65_HS1-834228961_62-HQ-83894_Section_2
Agency: FBI
Page 158
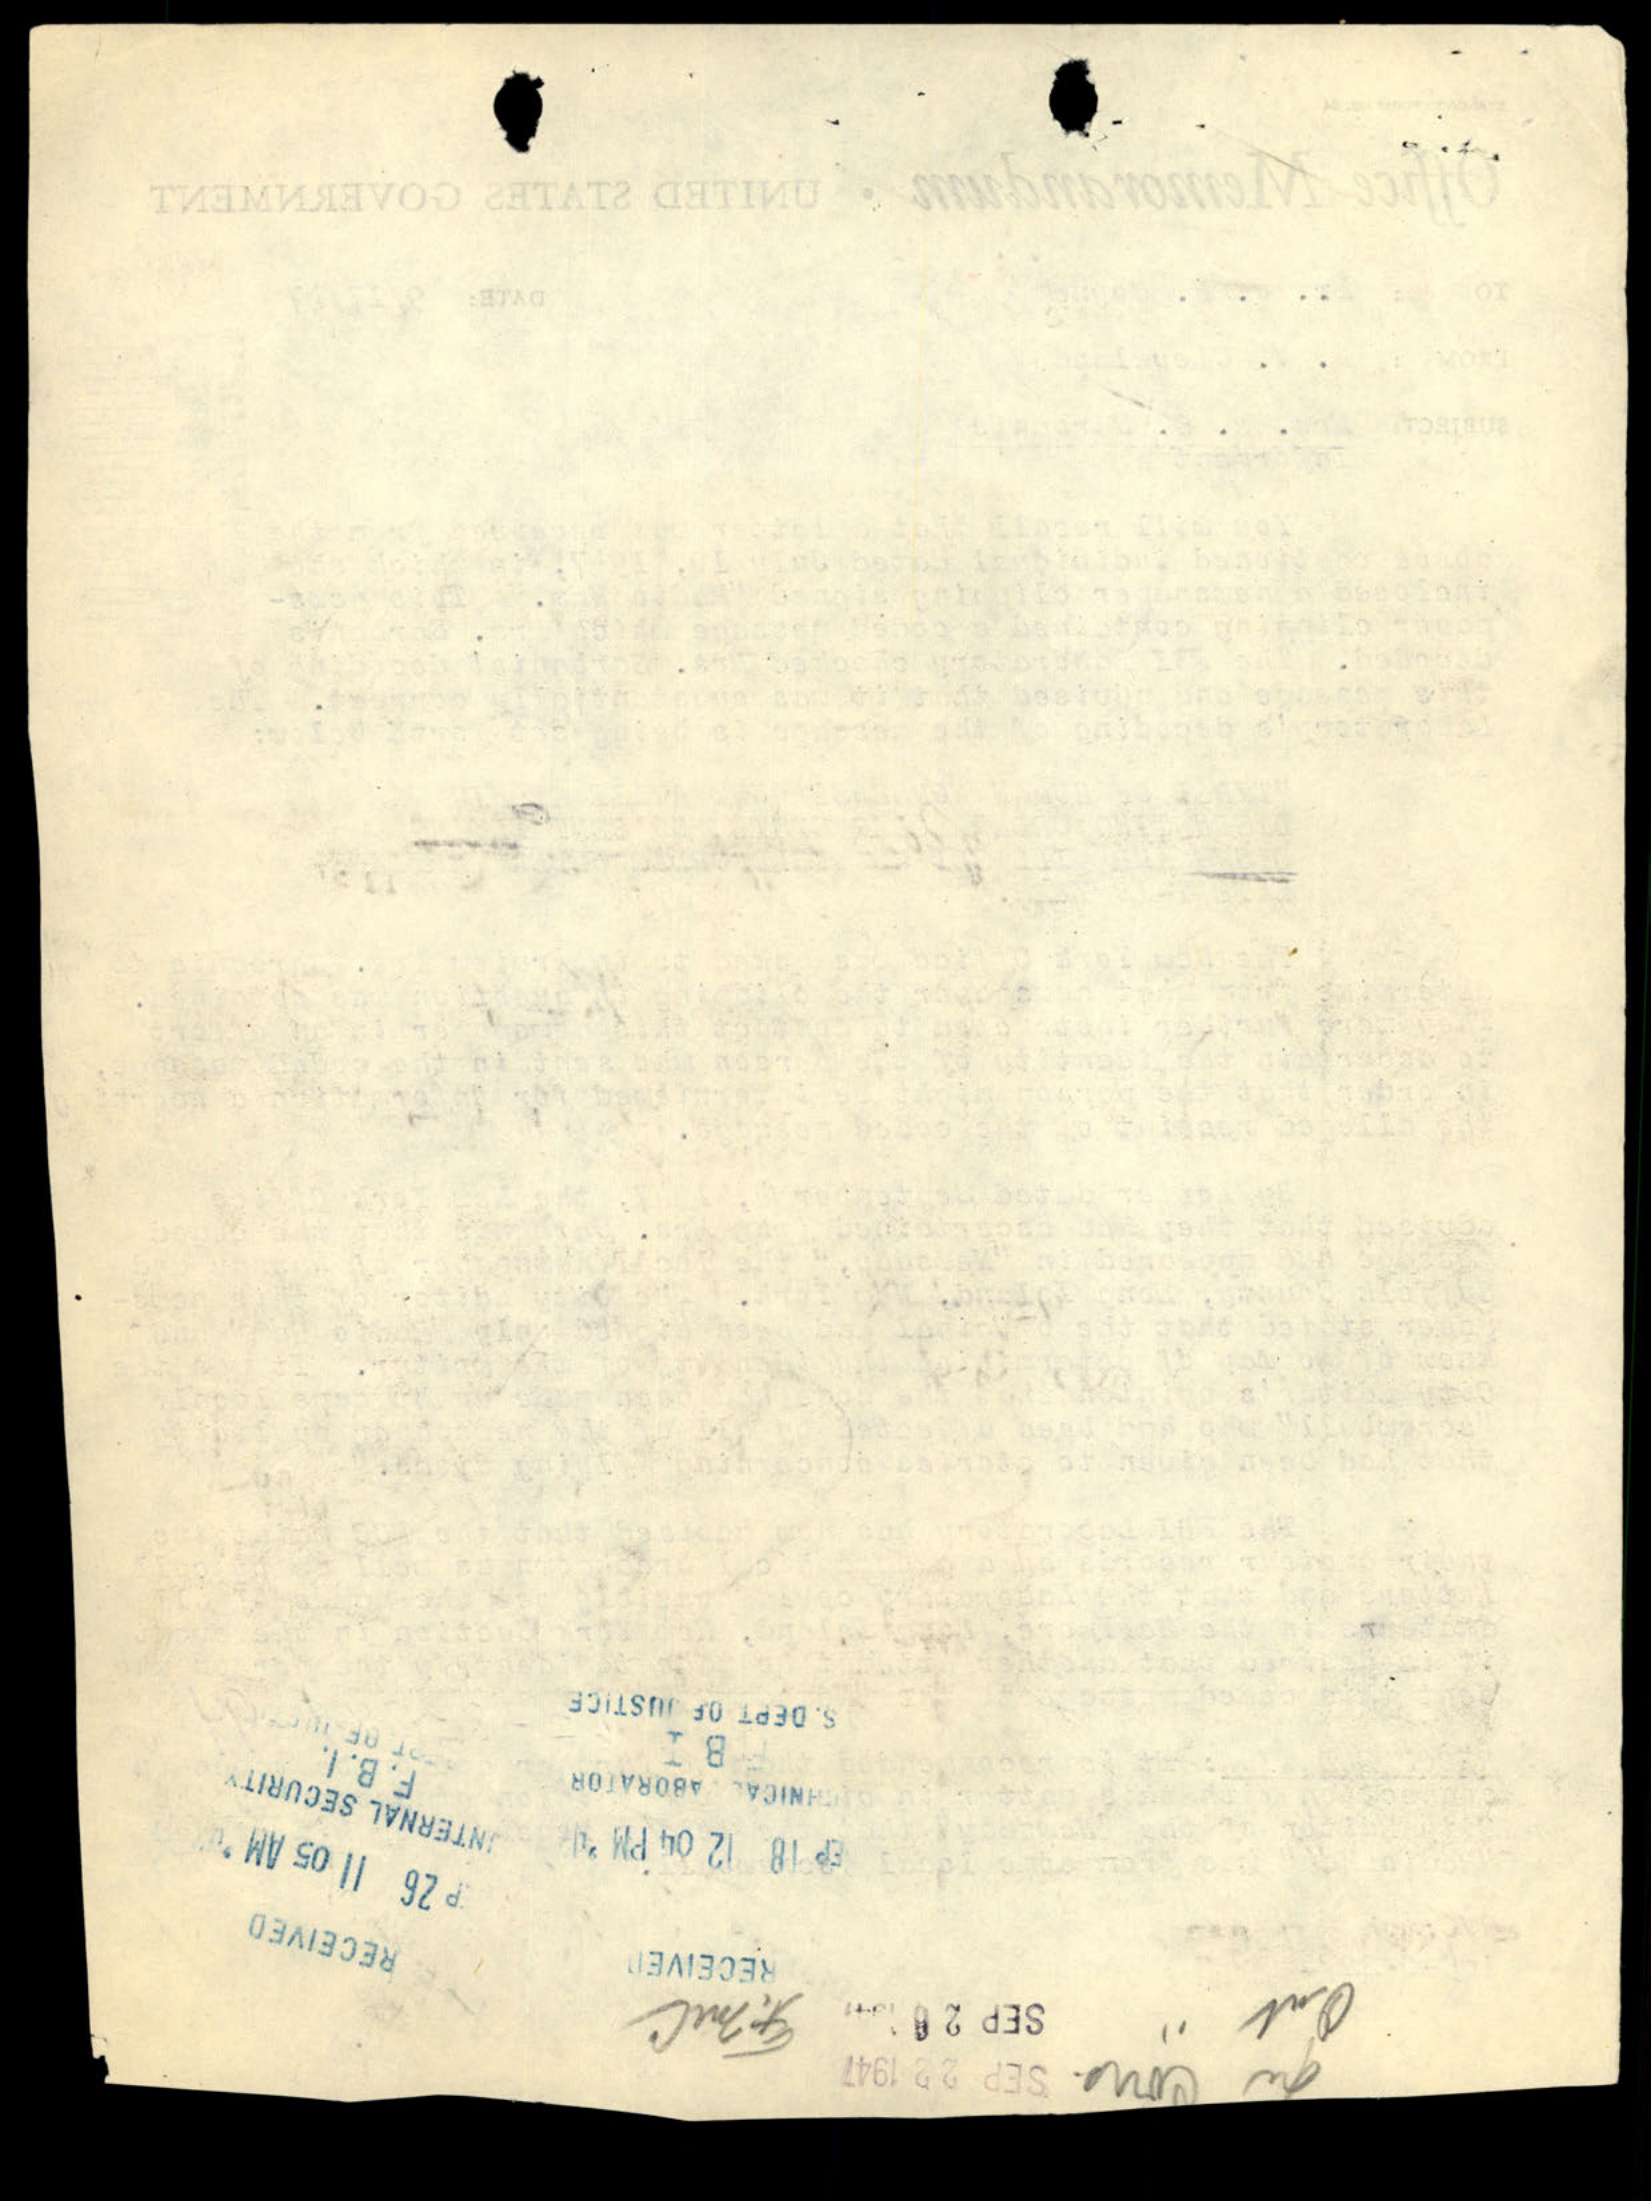